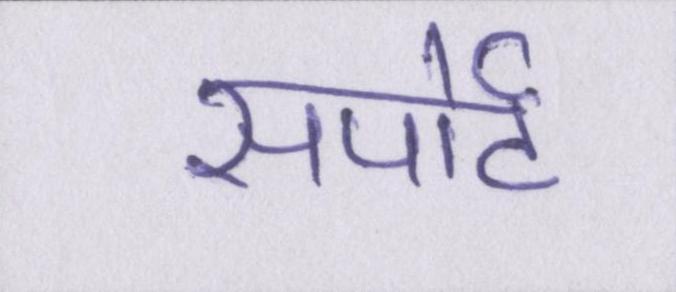
सपोर्ट